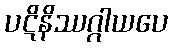
ပဋိနိဿဂ္ဂါယပေ